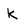
Character: k